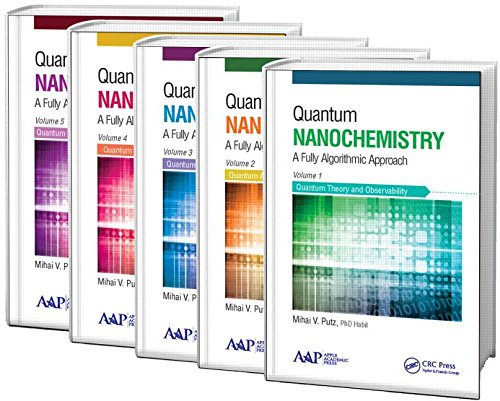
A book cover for Quantum Nanochemistry - Five Volume Set; Mihai V. Putz; Science & Math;